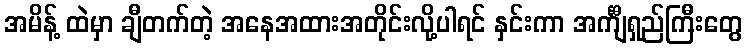
အမိန့် ထဲမှာ ချီတက်တဲ့ အနေအထားအတိုင်းလို့ပါရင် နှင်းကာ အင်္ကျီရှည်ကြီးတွေ